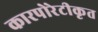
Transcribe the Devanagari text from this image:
कारपोरेटीकृत